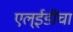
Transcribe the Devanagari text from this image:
एल्‌ईडींचा